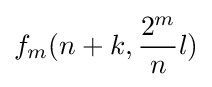
f_{m}(n+k,{\frac {2^{m}}{n}}l)